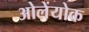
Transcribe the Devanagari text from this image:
ओलेंयोक